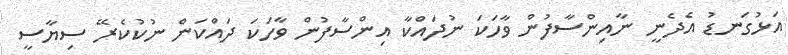
އަޅުގަނޑު އެދެނީ ނާއިންސާފުން ވާހަކަ ނުދައްކާ އިންސާފުން ވާހަކަ ދައްކަން ނުކުކެރޭ ސިޔާސީ